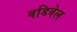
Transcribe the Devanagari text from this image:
वडिवेल